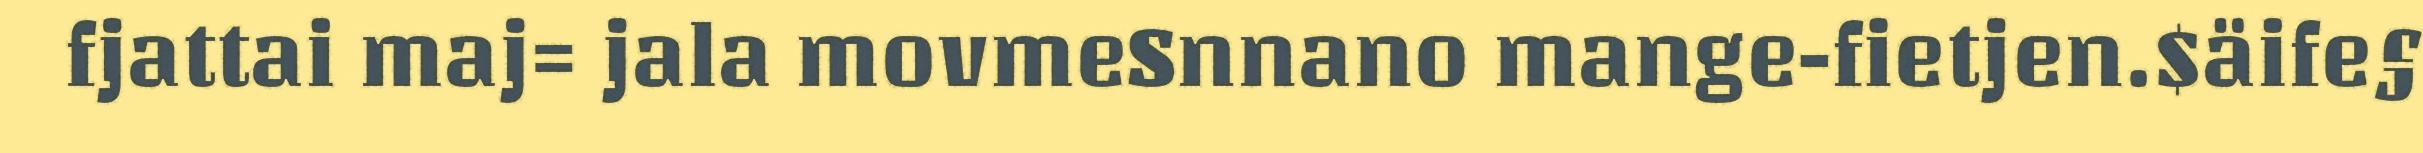
fjattai maj= jala movmeSnnano mange-fietjen.$äife§